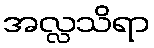
အလ္လသိရာ